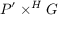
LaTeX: P ^ { \prime } \times ^ { H } G